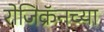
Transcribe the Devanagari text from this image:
रोजिक्रॅनच्या